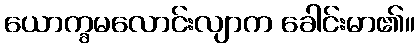
ယောက္ခမလောင်းလျာက ခေါင်းမာ၏။